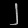
Digit: ၂